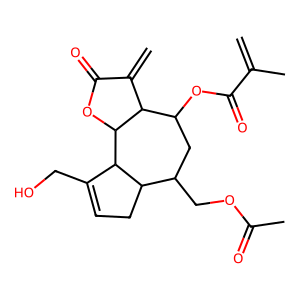
SMILES: C=C(C)C(=O)OC1CC(COC(C)=O)C2CC=C(CO)C2C2OC(=O)C(=C)C12
Inhibits HIV replication: No